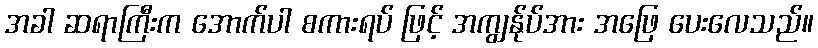
အခါ ဆရာကြီးက အောက်ပါ စကားရပ် ဖြင့် အကျွန်ုပ်အား အဖြေ ပေးလေသည်။